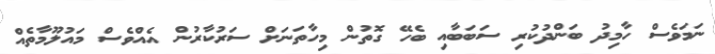
ނަމަވެސް ހާމިދު ބަންދުކުރި ސަބަބާއި ބެހޭ ގޮތުން މިހާތަނަށް ސަރުކާރުން އެއްވެސް މައުލޫމާތެއް